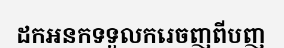
ដកអនកទទួលករេចញពីបញ